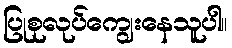
ပြုစုလုပ်ကျွေးနေသူပါ။